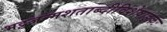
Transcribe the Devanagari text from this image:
भट्टजन्मशताब्दीविशेषाङ्कः